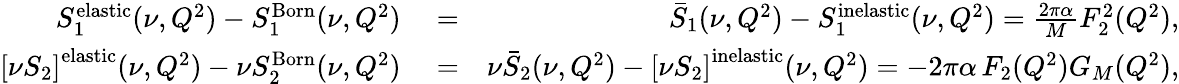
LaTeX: \begin{array}{rlr}{S_{1}^{\mathrm{elastic}}(\nu,Q^{2})-S_{1}^{\mathrm{Born}}(\nu,Q^{2})}&{{}=}&{\bar{S}_{1}(\nu,Q^{2})-S_{1}^{\mathrm{inelastic}}(\nu,Q^{2})=\frac{2\pi\alpha}{M}F_{2}^{2}(Q^{2}),}\\ {\left[\nu S_{2}\right]^{\mathrm{elastic}}(\nu,Q^{2})-\nu S_{2}^{\mathrm{Born}}(\nu,Q^{2})}&{{}=}&{\nu\bar{S}_{2}(\nu,Q^{2})-\left[\nu S_{2}\right]^{\mathrm{inelastic}}(\nu,Q^{2})=-2\pi\alpha\, F_{2}(Q^{2})G_{M}(Q^{2}),}\end{array}